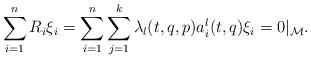
LaTeX: \begin{align*}\sum_{i=1}^n R_i\xi_i=\sum_{i=1}^n\sum_{j=1}^k \lambda_l(t,q,p) a_i^l(t,q) \xi_i=0\vert_\mathcal M.\end{align*}